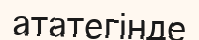
ататегінде